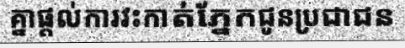
គ្នាផ្តល់ការវះកាត់ភ្នែកជូនប្រជាជន